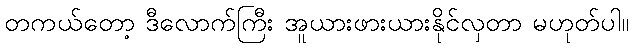
တကယ်တော့ ဒီလောက်ကြီး အူယားဖားယားနိုင်လှတာ မဟုတ်ပါ။